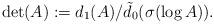
LaTeX: \begin{align*}\det(A):=d_1(A)/\tilde{d}_0(\sigma(\log A)).\end{align*}